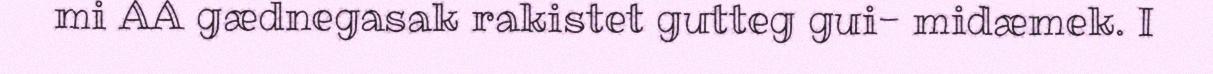
mi AA gædnegasak rakistet gutteg gui- midæmek. I